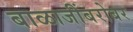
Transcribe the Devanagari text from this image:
बाळाजींबरोबर